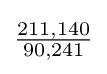
{\tfrac {211,140}{90,241}}